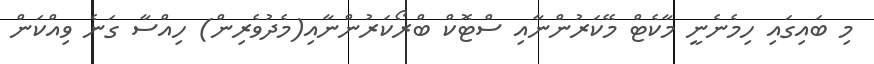
މި ބައިގައި ހިމެނެނީ މާކެޓް މޭކަރުންނާއި ސްޓޮކް ބްރޯކަރުންނާއި(މެދުވެރިން) ހިއްސާ ގަނެ ވިއްކަން